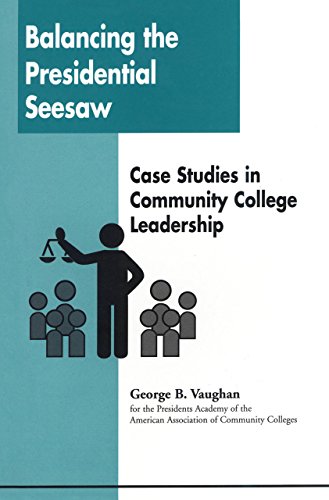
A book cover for Balancing the Presidential Seesaw: Case Studies in Community College Leadership; George B. Vaughan; Education & Teaching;